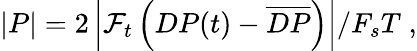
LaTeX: |P|=2\left|\mathcal{F}_{t}\left(DP(t)-\overline{{DP}}\right)\right|/F_{s}T\; ,